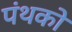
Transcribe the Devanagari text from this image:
पंथको